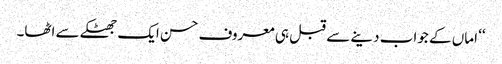
‘‘ اماں کے جواب دینے سے قبل ہی معروف حسن ایک جھٹکے سے اٹھا۔